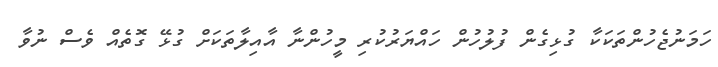
ހަމަނުޖެހުންތަކަކާ ގުޅިގެން ފުލުހުން ހައްޔަރުކުރި މީހުންނާ އާއިލާތަކަށް ގުޅޭ ގޮތެއް ވެސް ނުވާ